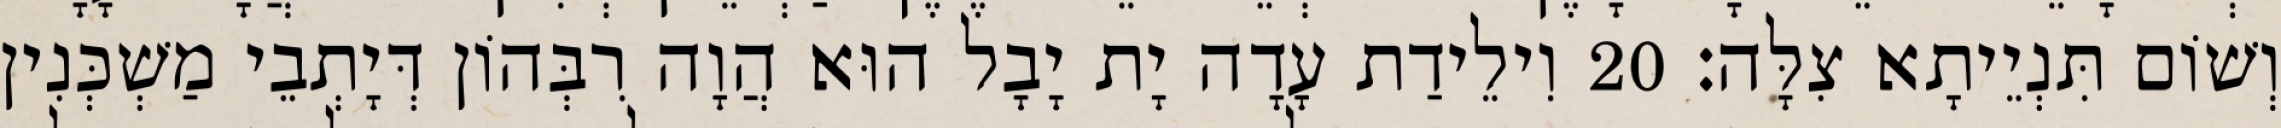
וְשׁוֹם תִּנְיֵיתָא צִלָּה׃ 20 וִילֵידַת עָדָה יָת יָבָל הוּא הֲוָה רִבְּהוֹן דְּיָתְבֵי מַשְׁכְּנִין